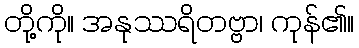
တို့ကို။ အနုဿရိတဗ္ဗာ၊ ကုန်၏။